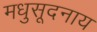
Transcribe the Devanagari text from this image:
मधुसूदनाय